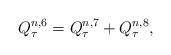
LaTeX: \begin{align*} Q^{n,6} _\tau =Q^{n,7} _\tau +Q^{n,8} _\tau, \end{align*}